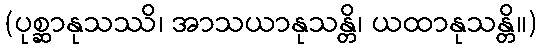
(ပုစ္ဆာနုသဿိ၊ အာသယာနုသန္တိ၊ ယထာနုသန္တိ။)